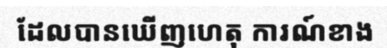
ដែលបានឃើញហេតុ ការណ៍ខាង